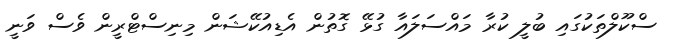
ސްކޫލްތަކުގައި ބުލީ ކުރާ މައްސަލައާ ގުޅޭ ގޮތުން އެޑިއުކޭޝަން މިނިސްޓްރީން ވެސް ވަނީ